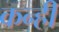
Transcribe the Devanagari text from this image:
कन्ही